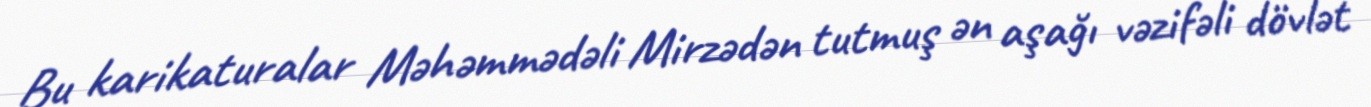
Bu karikaturalar Məhəmmədəli Mirzədən tutmuş ən aşağı vəzifəli dövlət